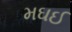
મઘઈ